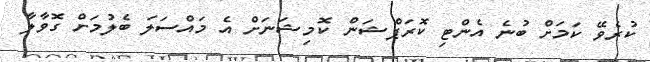
ކުރެވޭ ކަމަށް ބުނެ އެންޓި ކޮރަޕްޝަން ކޮމިޝަނަށް އެ މައްސަލަ ބެލުމަށް ގޮވާލާ